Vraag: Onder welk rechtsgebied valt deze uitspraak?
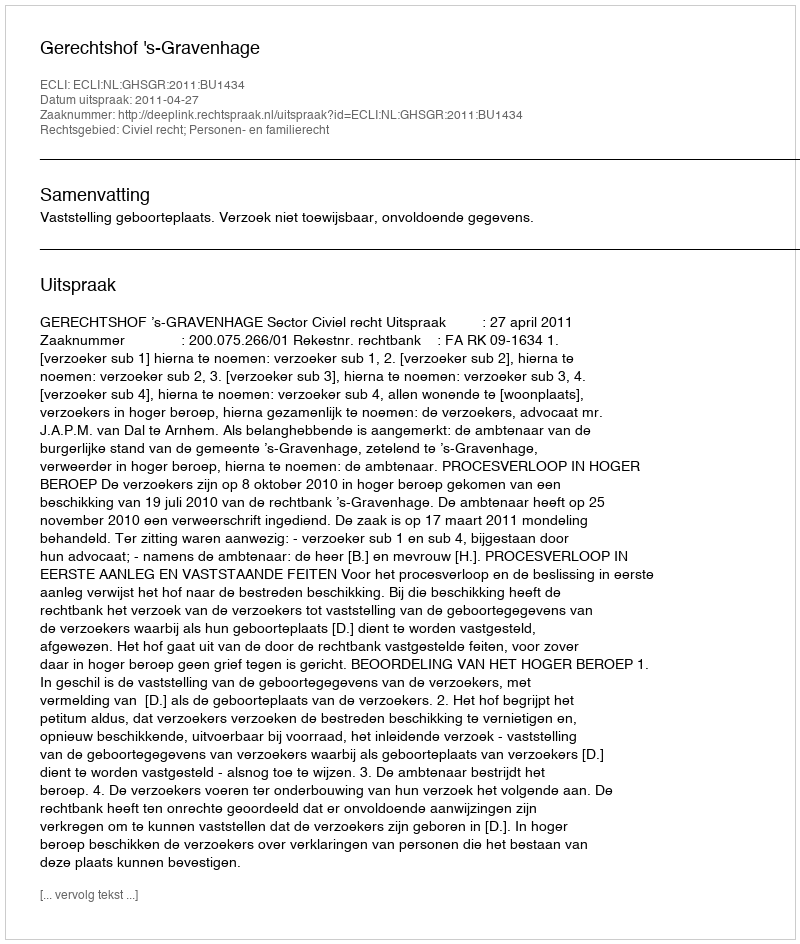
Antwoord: Civiel recht; Personen- en familierecht